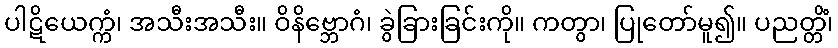
ပါဋိယေက္ကံ၊ အသီးအသီး။ ဝိနိဗ္ဘောဂံ၊ ခွဲခြားခြင်းကို။ ကတွာ၊ ပြုတော်မူ၍။ ပညတ္တိံ၊